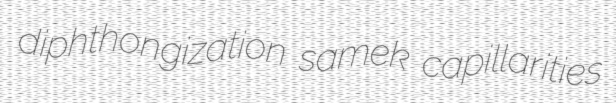
diphthongization samek capillarities